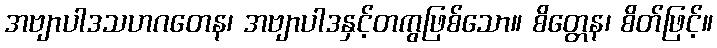
အဗျာပါဒသဟဂတေန၊ အဗျာပါဒနှင့်တကွဖြစ်သော။ စိတ္တေန၊ စိတ်ဖြင့်။